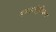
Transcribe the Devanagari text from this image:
मज्जातंतुविज्ञान